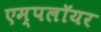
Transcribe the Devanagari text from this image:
एम्पलॉयर